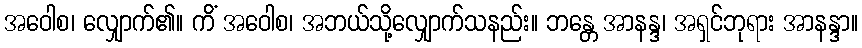
အဝေါစ၊ လျှောက်၏။ ကိံ အဝေါစ၊ အဘယ်သို့လျှောက်သနည်း။ ဘန္တေ အာနန္ဒ၊ အရှင်ဘုရား အာနန္ဒာ။